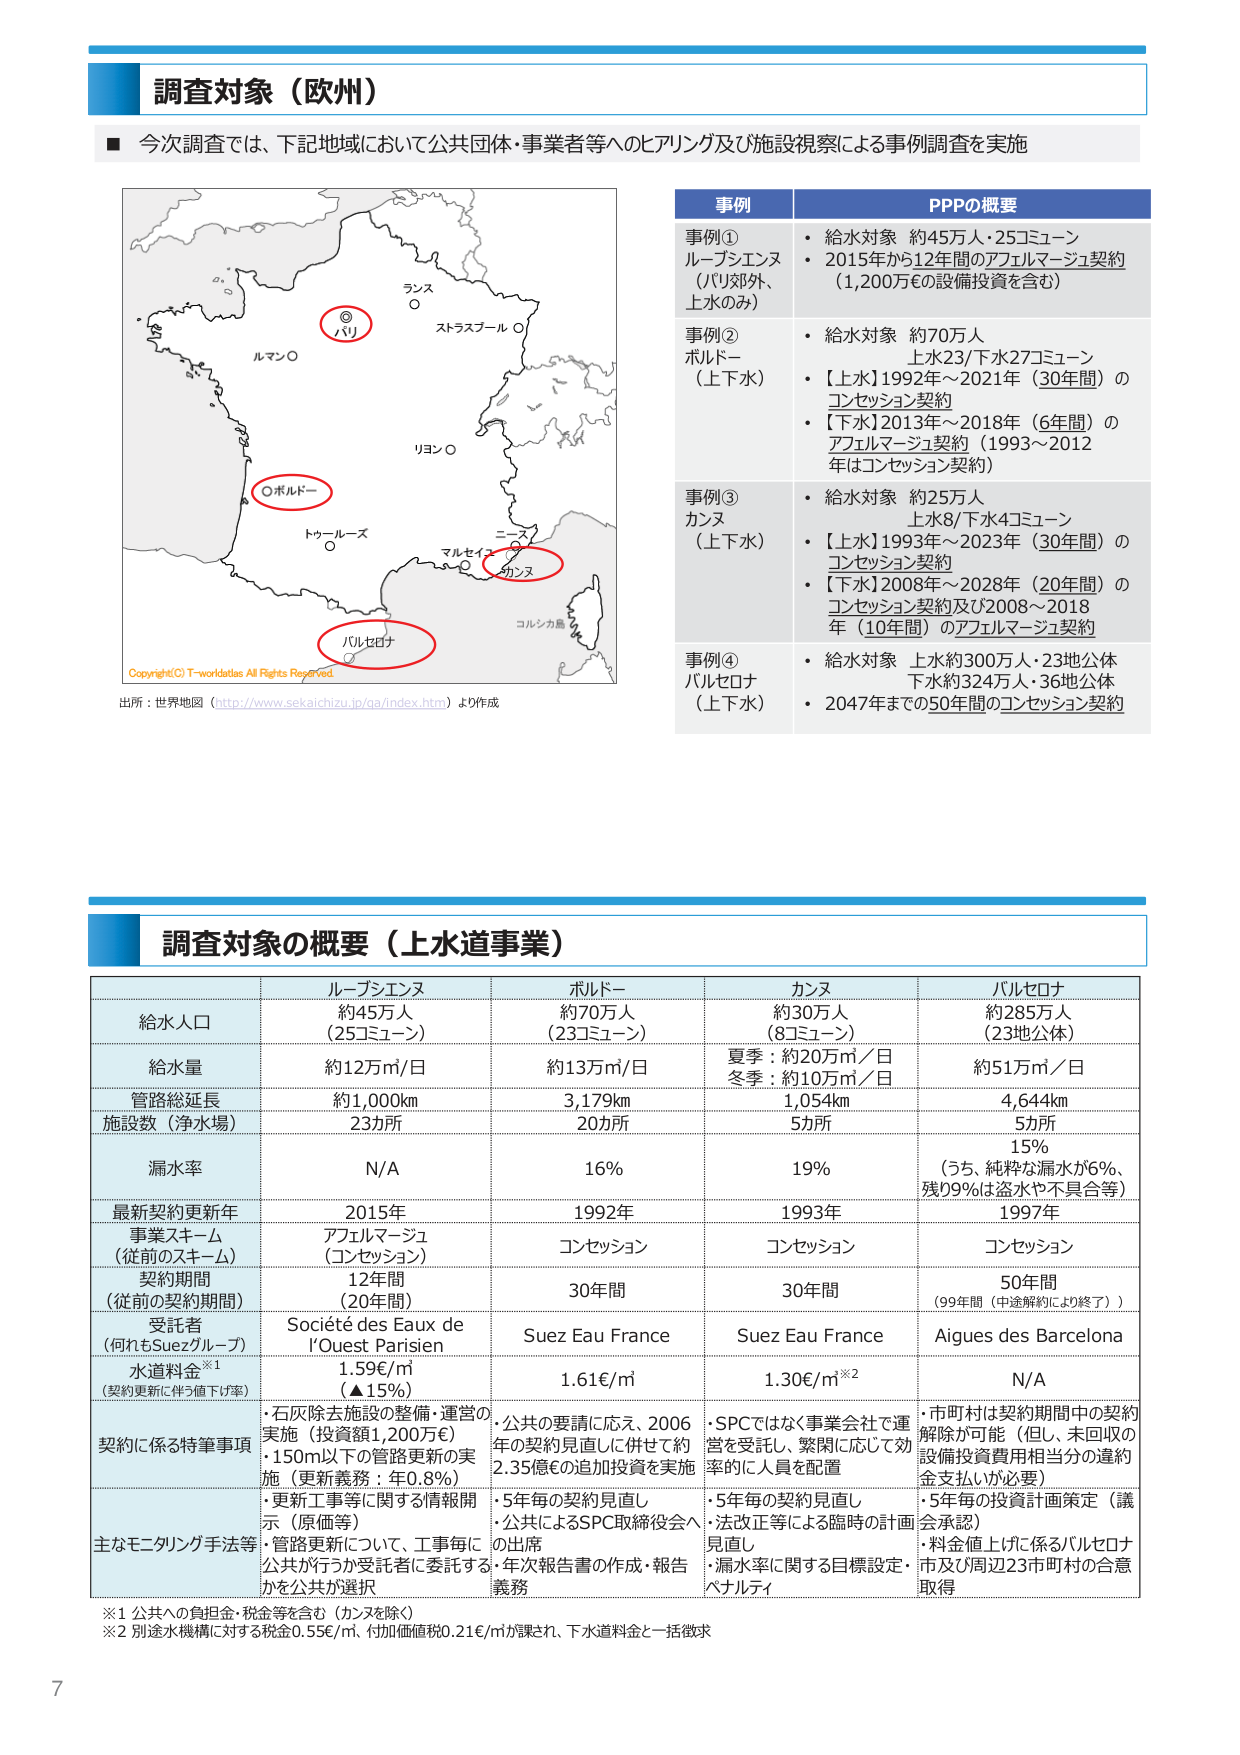
調査対象（欧州）

■ 今次調査では、下記地域において公共団体・事業者等へのヒアリング及び施設視察による事例調査を実施

事例 PPPの概要
事例① ルーブシエンヌ（パリ郊外、上水のみ）・給水対象 約45万人・25コミューン・2015年から12年間のアフェルマージュ契約（1,200万€の設備投資を含む）
事例② ボルドー（上下水）・給水対象 約70万人 上水23/下水27コミューン・【上水】1992年～2021年（30年間）のコンセッション契約・【下水】2013年～2018年（6年間）のアフェルマージュ契約（1993～2012年はコンセッション契約）
事例③ カンヌ（上下水）・給水対象 約25万人 上水8/下水4コミューン・【上水】1993年～2023年（30年間）のコンセッション契約・【下水】2008年～2028年（20年間）のコンセッション契約及び2008～2018年（10年間）のアフェルマージュ契約
事例④ バルセロナ（上下水）・給水対象 上水約300万人・23地公体 下水約324万人・36地公体・2047年までの50年間のコンセッション契約

出所：世界地図（http://www.sekaichizu.jp/ga/index.htm）より作成

調査対象の概要（上水道事業）

ルーブシエンヌ ボルドー カンヌ バルセロナ
給水人口 約45万人（25コミューン） 約70万人（23コミューン） 約30万人（8コミューン） 約285万人（23地公体）
給水量 約12万㎥/日 約13万㎥/日 夏季：約20万㎥／日 冬季：約10万㎥／日 約51万㎥／日
管路総延長 約1,000km 3,179km 1,054km 4,644km
施設数（浄水場） 23か所 20か所 5か所 5か所
漏水率 N/A 16% 19% 15%（うち、純粋な漏水が6%、残り9%は盗水や不具合等）
最新契約更新年 2015年 1992年 1993年 1997年
事業スキーム（従前のスキーム） アフェルマージュ（コンセッション） コンセッション コンセッション コンセッション
契約期間（従前の契約期間） 12年間（20年間） 30年間 30年間 50年間（99年間（中途解約により終了））
受託者（何れもSuezグループ） Société des Eaux de l'Ouest Parisien Suez Eau France Suez Eau France Aigues des Barcelona
水道料金※1（契約更新に伴う値下げ率） 1.59€/㎥（▲15%） 1.61€/㎥ 1.30€/㎥※2 N/A
契約に係る特筆事項・石灰除去施設の整備・運営の実施（投資額1,200万€）・150m以下の管路更新の実施（更新義務：年0.8%）・更新工事に関する情報開示（原価等）・管路更新について、工事毎に公共が行うか受託者に委託するかを公共が選択・公共の要請に応え、2006年の契約見直しに併せて約2.35億€の追加投資を実施・5年毎の契約見直し・公共によるSPC取締役会への出席・年次報告書の作成・報告義務・SPCではなく事業会社で運営を受託し、繁閑に応じて効率的に人員を配置・5年毎の契約見直し・法改正等による臨時の計画見直し・漏水率に関する目標設定・ペナルティ・市町村は契約期間中の契約解除が可能（但し、未回収の設備投資費用相当分の違約金支払いが必要）・5年毎の投資計画策定（議会承認）・料金値上げに係るバルセロナ市及び周辺23市町村の合意取得
主なモニタリング手法等

※1 公共への負担金・税金等を含む（カンヌを除く）
※2 別途水機構に対する税金0.55€/㎥、付加価値税0.21€/㎥が課され、下水道料金と一括徴求

7